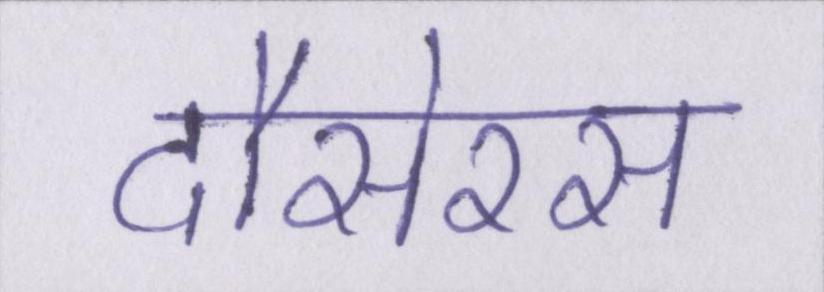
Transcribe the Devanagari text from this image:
दौसेरस